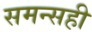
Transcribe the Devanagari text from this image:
समन्सही